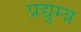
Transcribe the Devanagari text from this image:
प्रद्युम्न्न